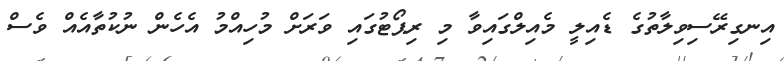
އިނގިރޭސިވިލާތުގެ ޑެއިލީ މެއިލްގައިވާ މި ރިޕޯޓުގައި ވަރަށް މުހިއްމު އެހެން ނުކުތާއެއް ވެސް